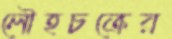
লৌহচক্রের